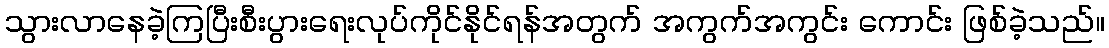
သွားလာနေခဲ့ကြပြီးစီးပွားရေးလုပ်ကိုင်နိုင်ရန်အတွက် အကွက်အကွင်း ကောင်း ဖြစ်ခဲ့သည်။